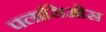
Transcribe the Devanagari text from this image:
पलासिओस